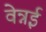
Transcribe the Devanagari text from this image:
वेन्नई